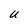
Character: U